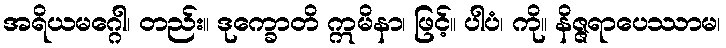
အရိယမဂ္ဂေါ၊ တည်း။ ဒုက္ခောတိ ဣမိနာ၊ ဖြင့်။ ပါပံ၊ ကို။ နိဇ္ဇရာပေဿာမ၊